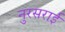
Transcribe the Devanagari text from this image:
नुरसराई